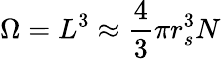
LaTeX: \Omega=L^{3}\approx\frac{4}{3}\pi r_{s}^{3}N